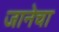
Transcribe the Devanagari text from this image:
जानेचा